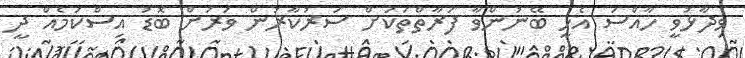
ވިދާޅުވީ ހާއްސަ އެހީ ބޭނުންވާ ފަރާތްތަކަށް ސަރުކާރުން ވަރަށް ބޮޑު އިސްކަމެއް ދީ